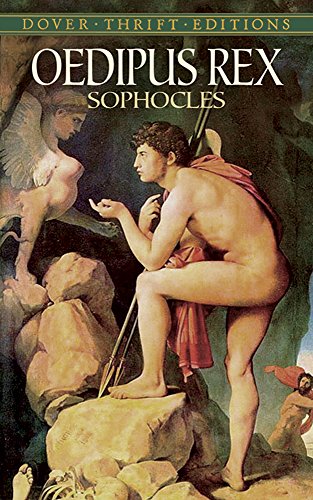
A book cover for Oedipus Rex (Dover Thrift Editions); Sophocles; Literature & Fiction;